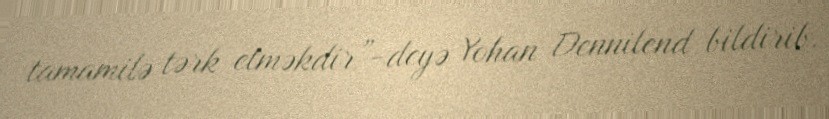
tamamilə tərk etməkdir”-deyə Yohan Dennilend bildirib.